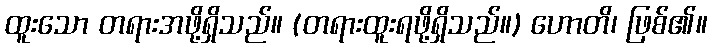
ထူးသော တရားအဖို့ရှိသည်။ (တရားထူးရဖို့ရှိသည်။) ဟောတိ၊ ဖြစ်၏။